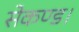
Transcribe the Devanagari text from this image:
सेकण्ड।